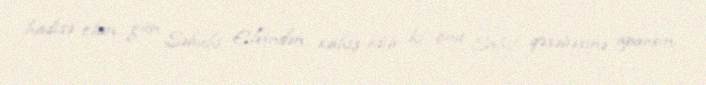
hadisə olan gün Səbuhi Elvindən xahiş edib ki, onu Sahil qəsəbəsinə aparsın.